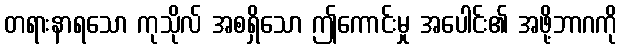
တရားနာရသော ကုသိုလ် အစရှိသော ဤကောင်းမှု အပေါင်း၏ အဖို့ဘာဂကို